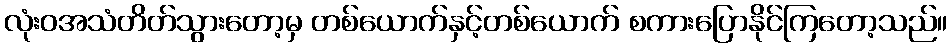
လုံးဝအသံတိတ်သွားတော့မှ တစ်ယောက်နှင့်တစ်ယောက် စကားပြောနိုင်ကြတော့သည်။